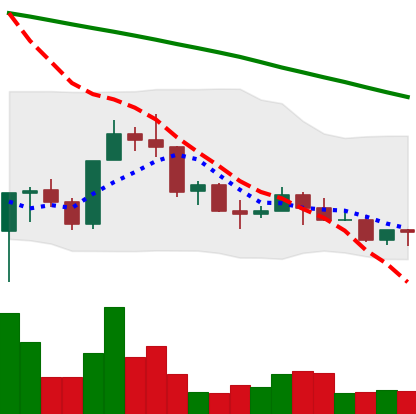
Ticker: NEO-USD
Chart end date: 2022-03-15
Forward return: 16.163%
Label: up_7plus